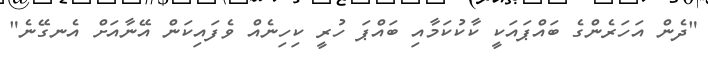
"ދެން އަހަރެންގެ ބައްޕައަކީ ކާކުކަމާއި ބައްޕަ ހުރީ ކިހިނެއް ވެފައިކަން އޭނާއަށް އެނގޭނެ"